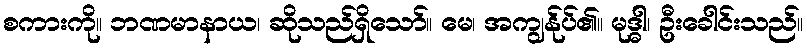
စကားကို။ ဘဏမာနာယ၊ ဆိုသည်ရှိသော်။ မေ၊ အကျွန်ုပ်၏။ မုဒ္ဓါ၊ ဦးခေါင်းသည်။